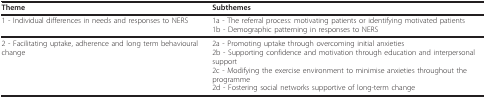
<table><thead><tr><td><b>Theme</b></td><td><b>Subthemes</b></td></tr></thead><tbody><tr><td>1 - Individual differences in needs and responses to NERS</td><td>1a - The referral process: motivating patients or identifying motivated patients1b - Demographic patterning in responses to NERS</td></tr><tr><td>2 - Facilitating uptake, adherence and long term behavioural change</td><td>2a - Promoting uptake through overcoming initial anxieties2b - Supporting confidence and motivation through education and interpersonal support2c - Modifying the exercise environment to minimise anxieties throughout the programme2d - Fostering social networks supportive of long-term change</td></tr></tbody></table>